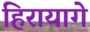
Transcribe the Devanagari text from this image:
हिरायागे